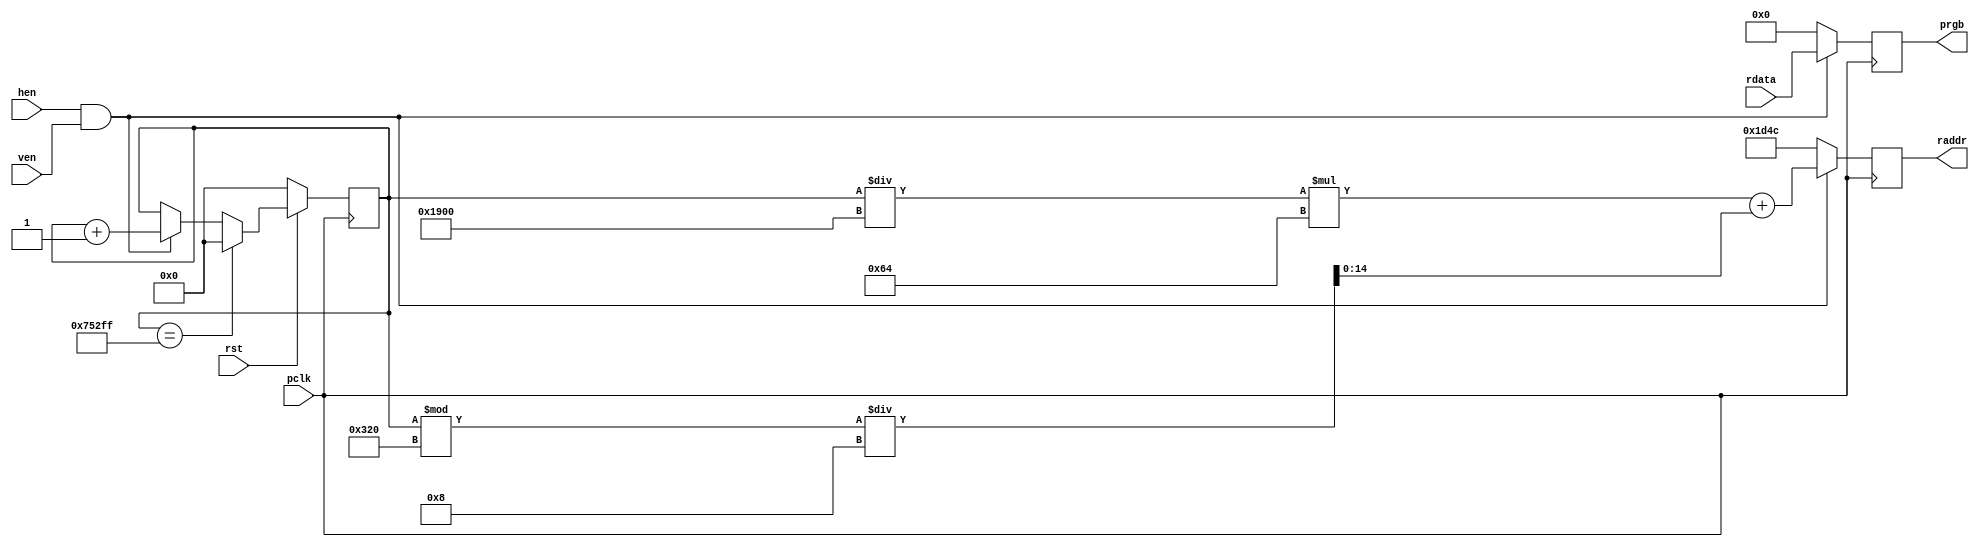
`timescale 1ns / 1ps
//////////////////////////////////////////////////////////////////////////////////
// Company: 
// Engineer: 
// 
// Design Name: 
// Module Name: VDS
// Project Name: 
// Target Devices: 
// Tool Versions: 
// Description: 
// 
// Dependencies: 
// 
// Revision:
// Revision 0.01 - File Created
// Additional Comments:
// 
//////////////////////////////////////////////////////////////////////////////////


module VDS(
    input hen,
    input ven,
    input pclk,
    input rst,
    input [11:0] rdata,

    output reg [14:0] raddr,
    output reg [11:0] prgb
);
reg [19:0] cnt;
always@(posedge pclk) begin
    if (hen && ven) begin
        prgb = rdata;
    end
    else begin
        prgb = 12'b0;
    end
end

always@(posedge pclk) begin
    if (!rst) begin
        cnt <= 20'b0;
    end
    else if (cnt == 480000 - 1) begin
        cnt <= 20'b0;
    end
    else if (hen && ven) begin
        cnt <= cnt + 1'b1;
    end
    else begin
        cnt <= cnt;
    end
end

always@(posedge pclk) begin
    if (hen && ven) begin
        //raddr <= (cnt / 3200) * 200 + (cnt % 800) / 4;      // 
        raddr <= (cnt / 6400) * 100 + (cnt % 800) / 8;      // 
    end
    else begin
        //raddr <= 30000;
        raddr <= 7500;
    end
end
endmodule